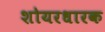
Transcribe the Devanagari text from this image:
शोयरधारक